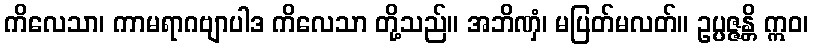
ကိလေသာ၊ ကာမရာဂဗျာပါဒ ကိလေသာ တို့သည်။ အဘိဏှံ၊ မပြတ်မလတ်။ ဥပ္ပဇ္ဇန္တိ ဣဝ၊